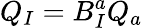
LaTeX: Q_{I}=B_{I}^{a}Q_{a}